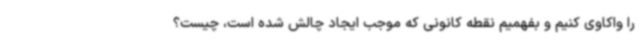
را واکاوی کنیم و بفهمیم نقطه کانونی که موجب ایجاد چالش شده است، چیست؟